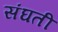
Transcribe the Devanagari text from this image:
संघती